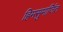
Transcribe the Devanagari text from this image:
हिमसुमार्जित